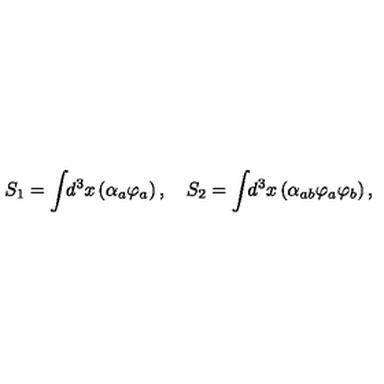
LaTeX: S _ { 1 } = \int \! \! d ^ { 3 } x \left( \alpha _ { a } \varphi _ { a } \right) , \quad S _ { 2 } = \int \! \! d ^ { 3 } x \left( \alpha _ { a b } \varphi _ { a } \varphi _ { b } \right) ,